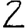
Digit: 2